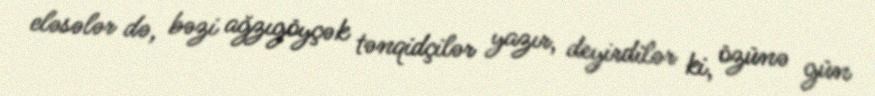
eləsələr də, bəzi ağzıgöyçək tənqidçilər yazır, deyirdilər ki, özünə gün